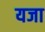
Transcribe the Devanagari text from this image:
यजा